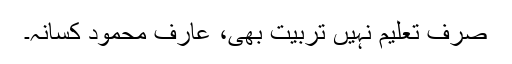
صرف تعلیم نہیں تربیت بھی، عارف محمود کسانہ۔